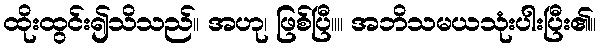
ထိုးထွင်း၍သိသည်။ အဟု၊ ဖြစ်ပြီ။။ အဘိသမယသုံးပါးပြီး၏။